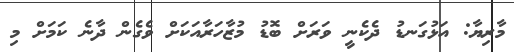
މާރިޔާ: އަޅުގަނޑު ދެކެނީ ވަރަށް ބޮޑު މުޒާހަރާއަކަށް ވެގެން ދާނެ ކަމަށް މި